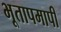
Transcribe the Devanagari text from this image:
भूतापमापी